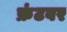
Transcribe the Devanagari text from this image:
फ्रंटवर